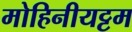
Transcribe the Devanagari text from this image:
मोहिनीयट्टम